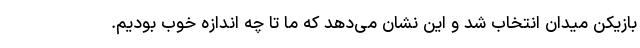
بازیکن میدان انتخاب شد و این نشان می‌دهد که ما تا چه اندازه خوب بودیم.